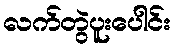
လက်တွဲပူးပေါင်း